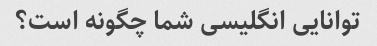
توانایی انگلیسی شما چگونه است؟